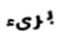
برىء